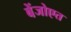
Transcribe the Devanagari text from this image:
बेंजोएत